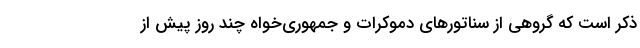
ذکر است که گروهی از سناتورهای دموکرات و جمهوری‌خواه چند روز پیش از